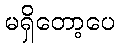
မရှိတော့ပေ